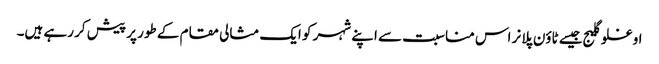
اوغلو گلیج جیسے ٹاؤن پلانر اس مناسبت سے اپنے شہر کو ایک مثالی مقام کے طور پر پیش کر رہے ہیں۔